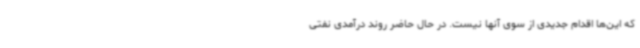
که این‌ها اقدام جدیدی از سوی آنها نیست. در حال حاضر روند درآمدی نفتی